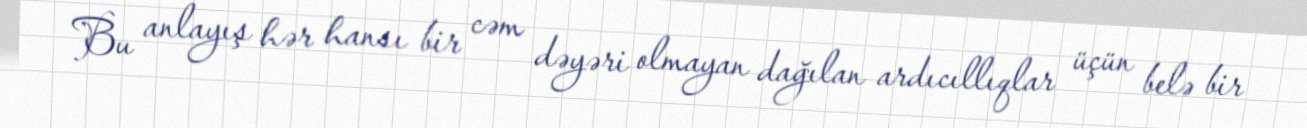
Bu anlayış hər hansı bir cəm dəyəri olmayan dağılan ardıcıllıqlar üçün belə bir